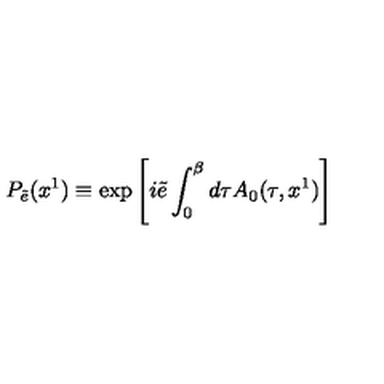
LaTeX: P _ { \tilde { e } } ( x ^ { 1 } ) \equiv \exp \left[ i \tilde { e } \int _ { 0 } ^ { \beta } d \tau A _ { 0 } ( \tau , x ^ { 1 } ) \right]